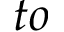
t o